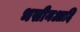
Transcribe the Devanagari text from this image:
भसीनआदि